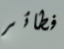
فطائر